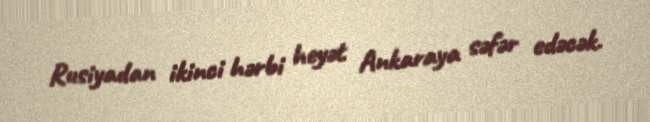
Rusiyadan ikinci hərbi heyət Ankaraya səfər edəcək.